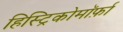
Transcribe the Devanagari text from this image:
हिस्ट्रिकोमॉर्फ़ा